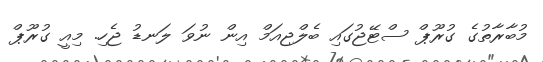
މުބާރާތުގެ ގުރޫޕް ސްޓޭޖުގައި ބެލްޖިއަމް އިން ނުވަ ލަނޑު ޖެހި. މިއީ ގުރޫޕް